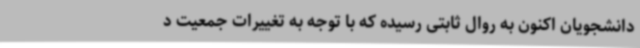
دانشجویان اکنون به روال ثابتی رسیده که با توجه به تغییرات جمعیت د